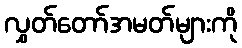
လွှတ်တော်အမတ်များကို